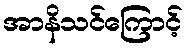
အာနိသင်ကြောင့်